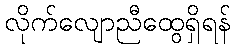
လိုက်လျောညီထွေရှိရန်